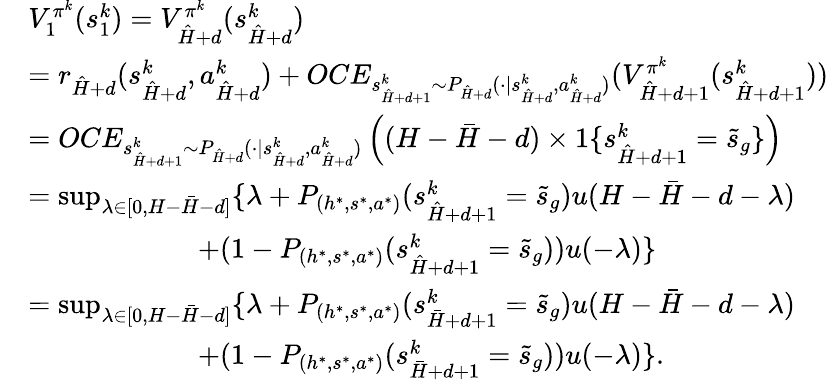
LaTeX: \begin{array}{rl}&{V_{1}^{\pi^{k}}(s_{1}^{k})=V_{\hat{H}+d}^{\pi^{k}}(s_{\hat{H}+d}^{k})}\\ &{=r_{\hat{H}+d}(s_{\hat{H}+d}^{k},a_{\hat{H}+d}^{k})+OCE_{s_{\hat{H}+d+1}^{k}\sim P_{\hat{H}+d}(\cdot\vert s_{\hat{H}+d}^{k},a_{\hat{H}+d}^{k})}(V_{\hat{H}+d+1}^{\pi^{k}}(s_{\hat{H}+d+1}^{k}))}\\ &{=OCE_{s_{\hat{H}+d+1}^{k}\sim P_{\hat{H}+d}(\cdot\vert s_{\hat{H}+d}^{k},a_{\hat{H}+d}^{k})}\left((H-\bar{H}-d)\times 1\{ s_{\hat{H}+d+1}^{k}=\tilde{s}_{g}\} \right)}\\ &{=\operatorname*{sup}_{\lambda\in[0,H-\bar{H}-d]}\{ \lambda+P_{(h^{*},s^{*},a^{*})}(s_{\hat{H}+d+1}^{k}=\tilde{s}_{g})u(H-\bar{H}-d-\lambda)}\\ &{\quad\quad\quad\quad\quad\quad+(1-P_{(h^{*},s^{*},a^{*})}(s_{\hat{H}+d+1}^{k}=\tilde{s}_{g}))u(-\lambda)\} }\\ &{=\operatorname*{sup}_{\lambda\in[0,H-\bar{H}-d]}\{ \lambda+P_{(h^{*},s^{*},a^{*})}(s_{\bar{H}+d+1}^{k}=\tilde{s}_{g})u(H-\bar{H}-d-\lambda)}\\ &{\quad\quad\quad\quad\quad\quad+(1-P_{(h^{*},s^{*},a^{*})}(s_{\bar{H}+d+1}^{k}=\tilde{s}_{g}))u(-\lambda)\} .}\end{array}